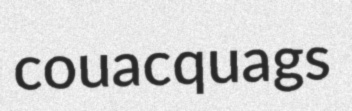
couac quags